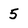
Character: 5